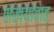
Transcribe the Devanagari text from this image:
संख्यावाढ